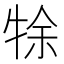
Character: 𤙛